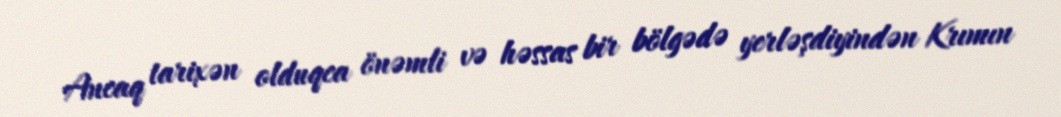
Ancaq tarixən olduqca önəmli və həssas bir bölgədə yerləşdiyindən Krımın